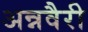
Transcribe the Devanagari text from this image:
अन्नवैरी